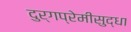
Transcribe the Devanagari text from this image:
दुर्गप्रेमीसुद्धा